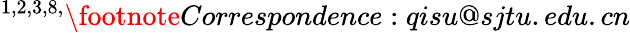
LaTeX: ^{1,2,3,8,}\footnote{Correspondence:qisu@sjtu.edu.cn}